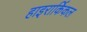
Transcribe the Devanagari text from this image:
हाइरार्किकल